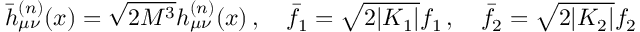
\bar { h } _ { \mu \nu } ^ { ( n ) } ( x ) = \sqrt { 2 M ^ { 3 } } h _ { \mu \nu } ^ { ( n ) } ( x ) \, , \quad \bar { f } _ { 1 } = \sqrt { 2 | { \cal K } _ { 1 } | } f _ { 1 } \, , \quad \bar { f } _ { 2 } = \sqrt { 2 | { \cal K } _ { 2 } | } f _ { 2 }